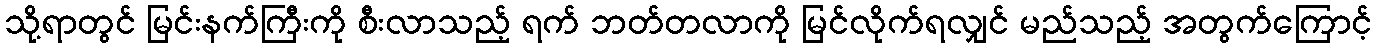
သို့ရာတွင် မြင်းနက်ကြီးကို စီးလာသည့် ရက် ဘတ်တလာကို မြင်လိုက်ရလျှင် မည်သည့် အတွက်ကြောင့်